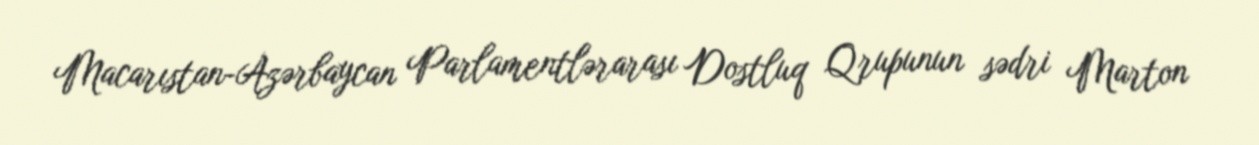
Macarıstan-Azərbaycan Parlamentlərarası Dostluq Qrupunun sədri Marton